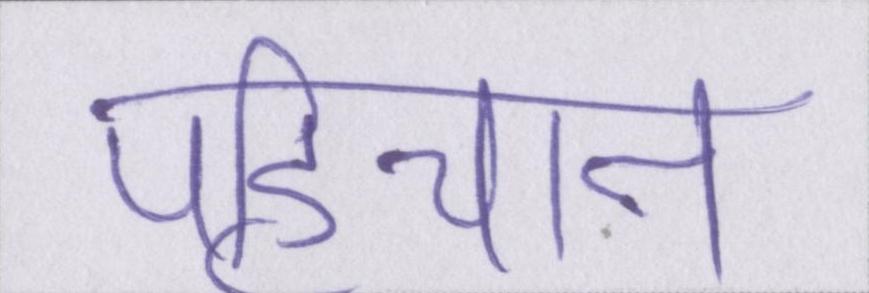
पहिचान